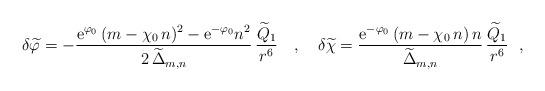
LaTeX: \begin{align*}\delta{\widetilde\varphi}= - \frac{{\rm e}^{\varphi_0}\,(m-\chi_0\,n)^2-{\rm e}^{-\varphi_0}n^2}{2\,{\widetilde\Delta}_{m,n}}\,\frac{{\widetilde Q}_1}{r^6} ~~~,~~~\delta{\widetilde\chi} =\frac{{\rm e}^{-\varphi_0}\,(m-\chi_0\,n)\,n}{{\widetilde\Delta}_{m,n}}\,\frac{{\widetilde Q}_1}{r^6 }~~,\end{align*}